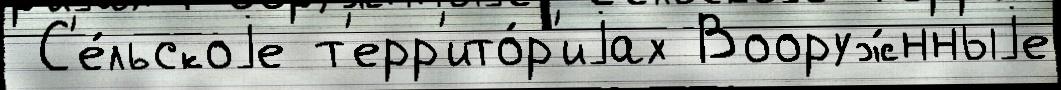
 С'е́льскоjе т'ерр'ито́р'иjах Вооруж́нныjе